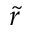
\tilde { r }